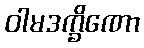
ဝါမဒက္ခိဏော